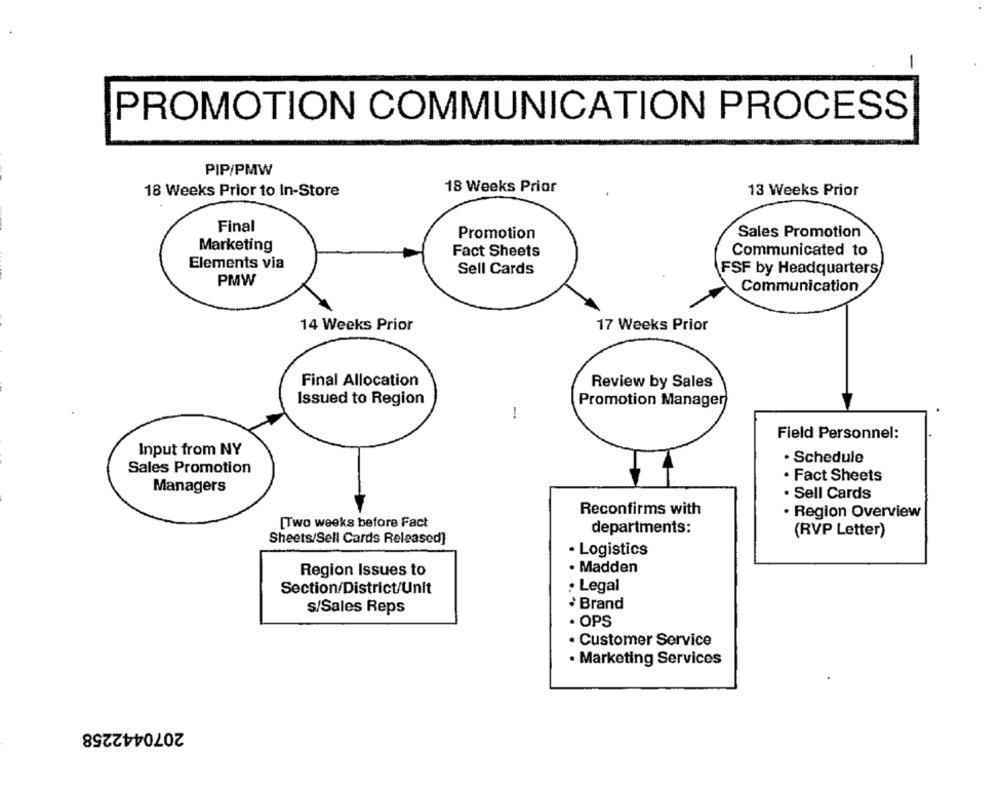
PROMOTION COMMUNICATION PROCESS
PIP/PMW
18 Weeks Prior
18 Weeks Prior to In-Store
13 Weeks Prior
Final
Promotion
Sales Promotion
Marketing
Fact Sheets
Communicated to
Elements via
Sell Cards
FSF by Headquarters/
PMW
Communication
14 Weeks Prior
17 Weeks Prior
Final Allocation
Review by Sales
Issued to Region
Promotion Manager
-
Field Personnel:
Input from NY
· Schedule
Sales Promotion
. Fact Sheets
Managers
. Sell Cards
Reconfirms with
· Region Overview
[Two weeks before Fact
departments:
(RVP Letter)
Sheets/Sell Cards Released]
· Logistics
. Madden
Region Issues to
Section/District/Unit
· Legal
s/Sales Reps
· Brand
· OPS
· Customer Service
· Marketing Services
2070442258